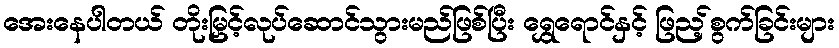
အေးနေပါတယ် တိုးမြှင့်လုပ်ဆောင်သွားမည်ဖြစ်ပြီး ရွှေရောင်နှင့် ဖြည့်စွက်ခြင်းများ